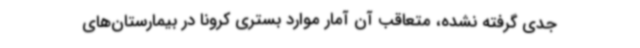
جدی گرفته نشده، متعاقب آن آمار موارد بستری کرونا در بیمارستان‌های